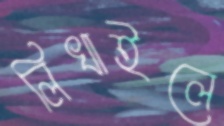
লিখাইলে